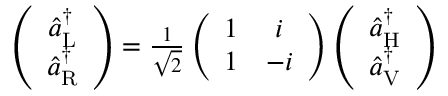
\begin{array} { r } { \left( \begin{array} { c } { \hat { a } _ { \mathrm { L } } ^ { \dagger } } \\ { \hat { a } _ { \mathrm { R } } ^ { \dagger } } \end{array} \right) = \frac { 1 } { \sqrt { 2 } } \left( \begin{array} { c c } { 1 } & { i } \\ { 1 } & { - i } \end{array} \right) \left( \begin{array} { c } { \hat { a } _ { \mathrm { H } } ^ { \dagger } } \\ { \hat { a } _ { \mathrm { V } } ^ { \dagger } } \end{array} \right) } \end{array}